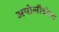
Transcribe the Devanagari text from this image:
अपोलौदोरस